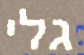
גלי